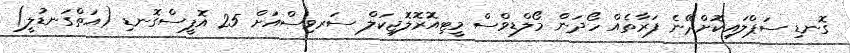
ގޮނޑި ސަޕްލައިކޮށްދޭނެ ފަރާތެެއް ހޯދަން މޯލްޑިވްސް މީޓިއޮރޮލޮޖިކަލް ސަރވިސްއަށް 25 އޮފީސްގޮނޑި (އަތްގަނޑުލީ)